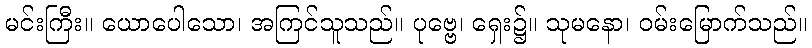
မင်းကြီး။ ယောပေါသော၊ အကြင်သူသည်။ ပုဗ္ဗေ၊ ရှေး၌။ သုမနော၊ ဝမ်းမြောက်သည်။